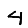
Digit: 4